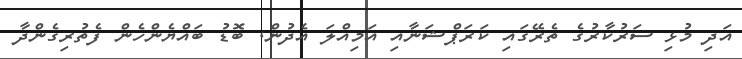
އަދި މުޅި ސަރުކާރުގެ ތެރޭގައި ކަރަޕްޝަނާއި އަމިއްލަ އެދުން